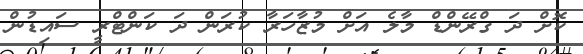
ކޮށް ދަ ގްރޭންޑް މާލެ އަށް މުޒާހަރާ ކުރަން ދަ ކަންޓްރީ ސައިޑުން